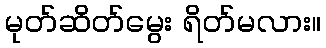
မုတ်ဆိတ်မွေး ရိတ်မလား။